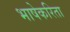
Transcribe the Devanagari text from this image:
भाषेकरिता